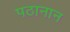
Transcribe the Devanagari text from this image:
पठानान